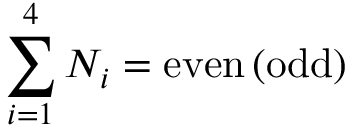
\sum _ { i = 1 } ^ { 4 } N _ { i } = \mathrm { e v e n \, ( o d d ) }